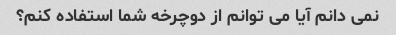
نمی دانم آیا می توانم از دوچرخه شما استفاده کنم؟